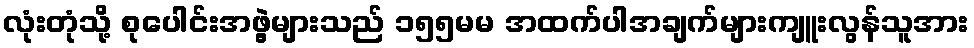
လုံးတုံသို့ စုပေါင်းအဖွဲ့များသည် ၁၅၅မမ အထက်ပါအချက်များကျူးလွန်သူအား